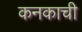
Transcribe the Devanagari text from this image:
कनकाची